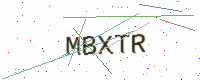
Text: MBXTR